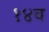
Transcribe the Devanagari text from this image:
१४व